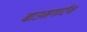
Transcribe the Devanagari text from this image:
बाउमगार्टन